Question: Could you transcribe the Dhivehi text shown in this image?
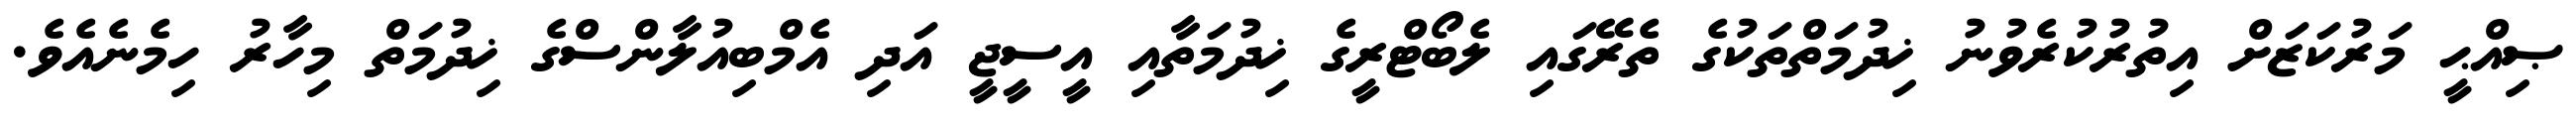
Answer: ޞިއްޙީ މަރުކަޒަށް އިތުރުކުރެވުނު ޚިދުމަތްތަކުގެ ތެރޭގައި ލެބޯޓްރީގެ ޚިދުމަތާއި އީސީޖީ އަދި އެމްބިއުލާންސްގެ ޚިދުމަތް މިހާރު ހިމެނެއެވެ.